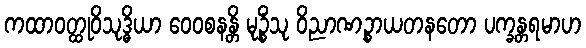
ကထာဝတ္ထုဝိသုဒ္ဓိယာ ဝေဝစနန္တိ မုဉ္စိံသု ဝိညာဏဉ္စာယတနတော ပက္ခန္တရမာဟ